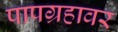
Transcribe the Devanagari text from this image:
पापग्रहावर